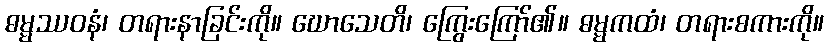
ဓမ္မဿဝနံ၊ တရားနာခြင်းကို။ ဃောသေတိ၊ ကြွေးကြော်၏။ ဓမ္မကထံ၊ တရားစကားကို။